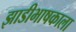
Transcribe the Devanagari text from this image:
झाडीभाषकाला